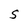
Character: S